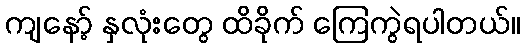
ကျနော့် နှလုံးတွေ ထိခိုက် ကြေကွဲရပါတယ်။